Vital statistics of India. Vol. IV, Annual returns from 1871 to 1876. British Army of India, Native Army and jails of Bengal
Year: 1871
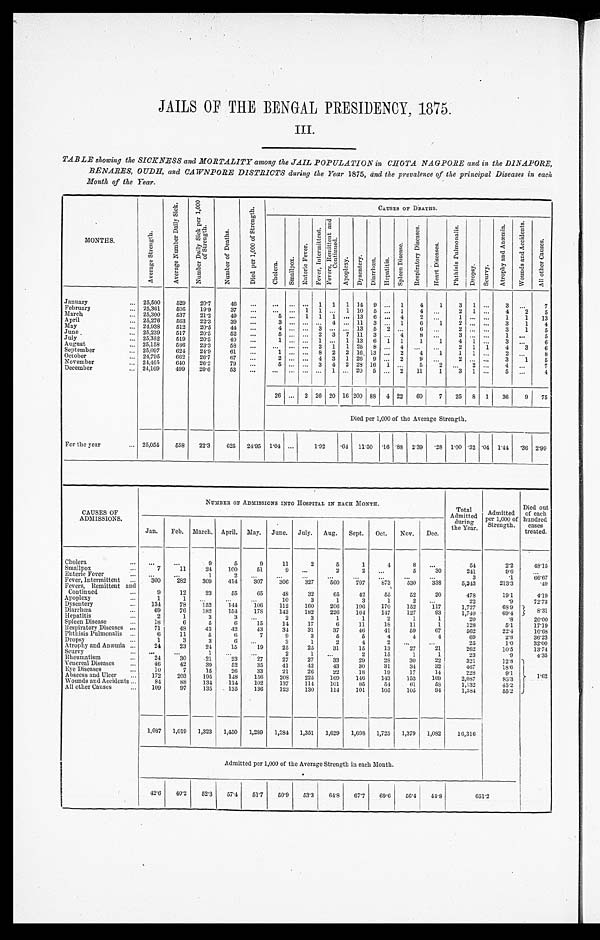
JAILS OF THE BENGAL PRESIDENCY, 1875.
III.
TABLE showing the SICKNESS and MORTALITY among the JAIL POPULATION in CHOTA NAGPORE and in the DINAPORE,
BENARES,OUDH, and CAWNPORE DISTRICTS during the Year 1875, and the prevalence of the principal Diseases in each
Month of the Year.
MONTHS.
A v e r a g e S t r e n g t h .
A v e r a g e N u m b e r D a i l y S i c k .
N u m b e r D a i l y S i c k p e r 1 , 0 0 0 o f s t r e n g t h .
N u m b e r o f D e a t h s .
D i e d p e r 1 , 0 0 0 o f S t r e n g t h .
CAUSES OF DEATHS.
C h o l e r a .
S m a l l p o x .
E n t e r i c F e v e r .
F e v e r , I n t e r m i t t e n t .
F e v e r , R e m i t t e n t a n d C o n t i n u e d .
A p o p l e x y . D y s e n t e r y .
D i a r r h œ a . H e p a t i t i s .
S p l e e n D i s e a s e s .
R e s p i r a t o r y D i s e a s e s .
H e a r t D i s e a s e s .
P h t h i s i s p u l m o n a l i s .
D r o p s y .
S c u r v y .
A t r o p h y a n d A n æ m i a .
W o u n d s a n d A c c i d e n t s .
A l l o t h e r c a u s e s .
January
... 25,500
529
20.7
46
...
.... ... ... 1 1 1 14 9 ... 1
4
1
3 1 ...
3
...
7
February
... 25,361
505
19.9
37
...
. . .
. . . 1 1 ... 1 10 5 ... 1
4 ...
2 1 ...
4
2
5
March
... 25,300
537
21.2
49
...
5 ... 1 1 1 ... 13 6 ... 4
2 ...
1
. . . . . . 1
1
13
April
... 25,276
563
22.3
39
...
3
. . . ... ...
4 ... 11 3 ... 1
6
1
2 ... ...
3
1
4
May
... 24,938
512
20.5
44 ...
4 ... ... 3 ... ... 13 5 2 ...
6 ...
2 ... ...
3
1
5
June
... 25,239
517
20.5
52
...
5
. . . ... 2 3 7 11 3 ... 4
8 ...
3
. . . . . .
1
. . . 5
July
... 25,352
519
20.5
40
...
1 ... ... 1 ... 1 13 6 1 1
1
1
4 1 ...
3 ...
6
August
... 25,158
586
23.3
58 ...
. . .
. . . . . . 2 1 1 25 8 ... 4 ...
...
2 1 1
4
3
6
September
... 25,097
624 24.9
61
...
1 ... ... 8 2 2 16 13 ... 2
4
1
1 1 ...
2
. . .
8
October
... 24,795
662
26.7
67
...
2 ... ... 4 3 1 26 9 ... 2
9 ...
2
. . . . . .
3
1 5
November
... 24,465
640 26.2
79
...
5 ... ... 3 4 2 28 16 1 ...
5 2
. . .
2
. . .
4
. . . 7
December
... 24,169
499
20.6
53
...
. . . . ... ... ... 1 ... 20 5 ... 2
11 1
3
1
. . .
5
. . .
4
26
. . . 2 26 20 16 200 88 4 22
60
7
25 8 1
36
9
7 5
Died per 1,000 of the Average Strength.
For the year
... 25,054
558
22.3
625 24.95 1.04 ...
1.92
.64 11.50 .16 .88 2.39
. 2 8 1.00 .32 .04 1.44
. 3 6 2.99
CAUSES OF
ADMISSIONS.
NUMBER OF ADMISSIONS INTO HOSPITAL IN EACH MONTH.
Total
Admitted
during
the Year.
Admitted
per 1,000 of
Strength.°D
ied out
of each
hundred
cases
treated.
Jan.
Feb. March. April. May. June. July. Aug. Sept. Oct.
Nov. Dec.
Cholera
...
...
...
9
5
9
11
2
5
1
4
8
...
54
2.2
48.15
Smallpox
...
7
11
24
100
51
9
. . .
2
2
. . .
5
30
241
9.6
...
Enteric Fever
...
...
...
1
2
. . .
. . .
. . .
. . .
. . .
. . .
. . .
. . .
3
.1
66.67
Fever, Intermittent ...
300
282
309
414
307
306
327
560
797
873
530
338
5,343
213.3
.49
Fevers, Remittent and
Continued
...
9
12
23
55
05
48
32
65
42
55
52
20
478
19.1
4.19
Apoplexy
...
1
1
...
...
...
10
3
1
3
1
2
. . .
22
.9
72.73
Dysentery
...
134
78
152
144
106
112
160
206
196
170
152
117
1,727
68.9
8 . 3 1
Diarrhœa
...
69
76
182
154
178
142
182
226
164
147
127
93
1,740
69.4
Hepatitis
...
2
1
3
3
...
2
3
1
1
2
1
1
20
.8
20.00
Spleen Disease
...
18
6
5
6
15
14
17
6
11
18
11
1
128
5.1
17.19
Respiratory Diseases ...
71
48
43
42
43
34
31
37
46
41
59
67
562
22.4
10.68
Phthisis Pulmonalis ...
6
11
5
6
7
9
3
6
5
4
4
4
69
2.8
36.23
Dropsy
...
1
3
3
6
. . .
3
1
2
4
2
. . . ...
25
1 . 0
32.00
Atrophy and Anæmia ...
24
23
24
15
19
25
25
31
15
13
27
21
262
10.5
13.74
Scurvy
. . . ...
...
1
. . . ...
2
1
...
2
15
1
1
23
.9
4.35
Rheumatism
...
24
30
21
23
27
27
27
33
29
28
30
22
321
12.8
1.62
Vnereal Diseases
...
16
42
39
52
35
41
42
43
30
31
34
32
467
18.6
Eye Diseases
...
10
7
15
26
33
21
26
22
18
19
17
14
228
9.1
Abscess and Ulcer
...
172
203
195
148
156
208
225
169
146
143
153
169
2,087
83.3
Wounds and Accidents ...
84
88
134
114
102
137
114
101
85
54
61
58
1,132
45.2
All other Causes
...
109
97
135
135
136
123
130
114
101
105
105
94
1,384
55.2
1,087 1,019 1,323 1,450 1,289 1,284 1,351 1,629 1,698 1,725 1,379 1,082
16,316
Admitted per 1,000 of the Average Strength in each Month.
42.6 40.2
52.3
57.4
51.7 50.9
53.3
64.8 67.7
69.0
56.4
44.8
651.2